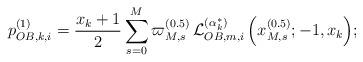
LaTeX: \begin{align*}p_{OB,k,i}^{(1)} = \frac{{{x_k} + 1}}{2}\sum\limits_{s = 0}^M {{\varpi _{M,s}^{(0.5)}}\,\mathcal{L}_{OB,m,i}^{(\alpha _k^*)}\left( {x_{M,s}^{(0.5)}; - 1,{x_k}} \right)};\end{align*}